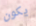
يكون